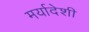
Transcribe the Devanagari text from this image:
मर्यादेशी